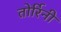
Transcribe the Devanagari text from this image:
तोर्रिनी